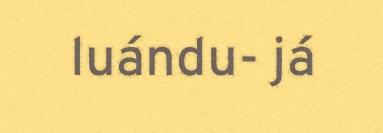
luándu- já